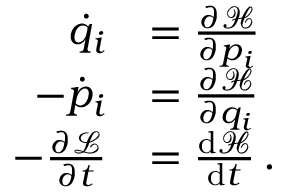
{ \begin{array} { r l } { { \dot { q } } _ { i } } & { = { \frac { \partial { \mathcal { H } } } { \partial p _ { i } } } } \\ { - { \dot { p } } _ { i } } & { = { \frac { \partial { \mathcal { H } } } { \partial q _ { i } } } } \\ { - { \frac { \partial { \mathcal { L } } } { \partial t } } } & { = { \frac { { \mathrm { d } } { \mathcal { H } } } { { \mathrm { d } } t } } \, . } \end{array} }